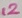
Text: 12